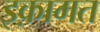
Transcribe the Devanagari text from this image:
इक़ामत